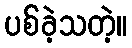
ပစ်ခဲ့သတဲ့။